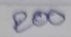
200